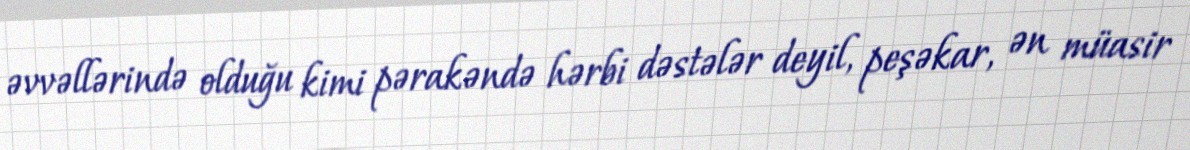
əvvəllərində olduğu kimi pərakəndə hərbi dəstələr deyil, peşəkar, ən müasir